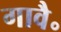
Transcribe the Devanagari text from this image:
गावै॰